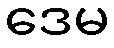
ဒေမ